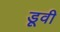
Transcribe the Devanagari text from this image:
डूवी